Annual report of lunatic asylums [Bombay] - 1912-1922
Year: 1912
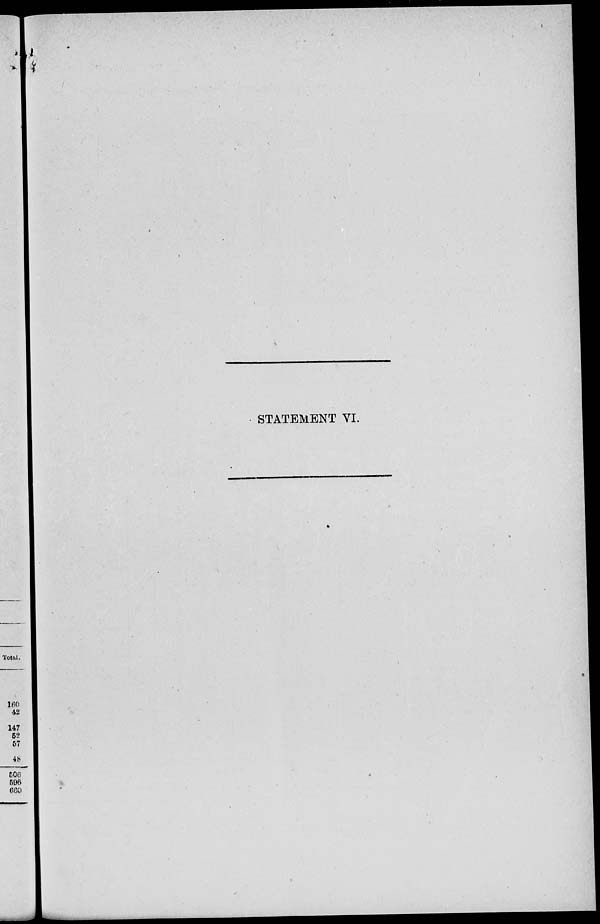
STATEMENT VI.